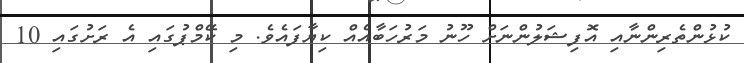
ކުޅުންތެރިންނާއި އޮފިޝަލުންނަށް ހޫނު މަރުހަބާއެއް ކިޔާފައެވެ. މި ކޭމްޕުގައި އެ ރަށުގައި 10